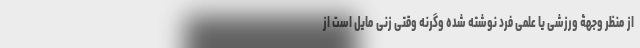
از منظر وجهۀ ورزشی یا علمی فرد نوشته شده وگرنه وقتی زنی مایل است از